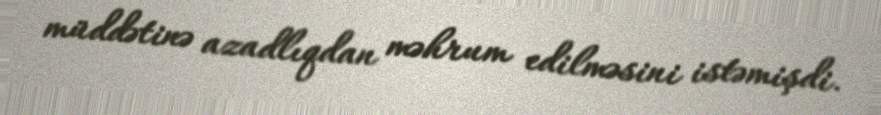
müddətinə azadlıqdan məhrum edilməsini istəmişdi.